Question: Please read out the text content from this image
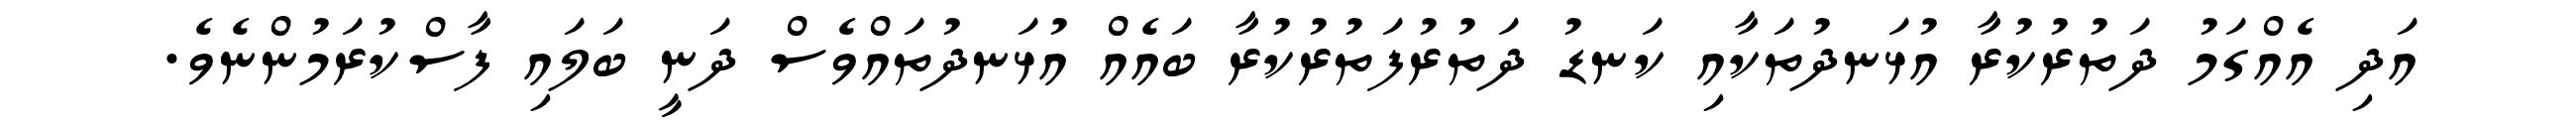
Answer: އަދި އެއްގަމު ދަތުރުކުރާ އުޅަނދުތަކާއި ކަނޑު ދަތުރުފަތުރުކުރާ ބައެއް އުޅަނދުތައްވެސް ދަނީ ބަލައި ފާސްކުރަމުންނެވެ.